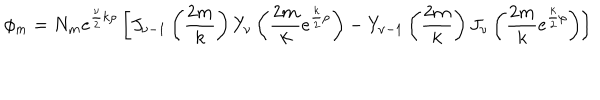
LaTeX: \phi _ { m } = N _ { m } e ^ { { \frac { \nu } { 2 } } k \rho } \left[ J _ { \nu - 1 } \left( { \frac { 2 m } { k } } \right) Y _ { \nu } \left( { \frac { 2 m } { k } } e ^ { { \frac { k } { 2 } } \rho } \right) - Y _ { \nu - 1 } \left( { \frac { 2 m } { k } } \right) J _ { \nu } \left( { \frac { 2 m } { k } } e ^ { { \frac { k } { 2 } } \rho } \right) \right]